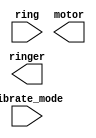
// Suppose you are designing a circuit to control a cellphone's ringer and vibration motor. 
// Whenever the phone needs to ring from an incoming call (input ring), your circuit must either 
// turn on the ringer (output ringer = 1) or the motor (output motor = 1), but not both. 
// If the phone is in vibrate mode (input vibrate_mode = 1), turn on the motor. Otherwise, turn on the ringer.

// Try to use only assign statements, to see whether you can translate a problem description into a collection of logic gates.

// Design hint: When designing circuits, one often has to think of the problem "backwards", 
// starting from the outputs then working backwards towards the inputs. This is often the opposite 
// of how one would think about a (sequential, imperative) programming problem, where one would look 
// at the inputs first then decide on an action (or output). For sequential programs, one would 
// often think "If (inputs are ___ ) then (output should be ___ )". On the other hand, hardware 
// designers often think "The (output should be ___ ) when (inputs are ___ )".
// For this particular problem, one should be thinking "The motor is on when ___", rather than "If (vibrate mode) then ___".

module top_module (
    input ring,
    input vibrate_mode,
    output ringer,       // Make sound
    output motor         // Vibrate
);

	// Insert your code here

endmodule